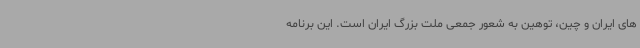
های ایران و چین، توهین به شعور جمعی ملت بزرگ ایران است. این برنامه